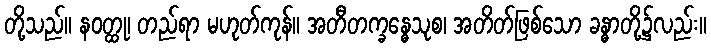
တို့သည်။ နဝတ္ထု၊ တည်ရာ မဟုတ်ကုန်။ အတီတက္ခန္ဓေသုစ၊ အတိတ်ဖြစ်သော ခန္ဓာတို့၌လည်း။